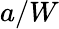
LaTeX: a/W